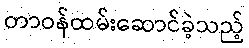
တာဝန်ထမ်းဆောင်ခဲ့သည့်